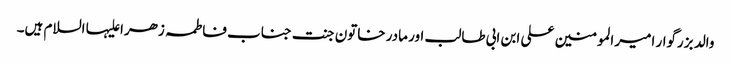
والد بزرگوار امیر المومنین علی ابن ابی طالب اور مادر خاتون جنت جناب فاطمہ زھرا علیہا السلام ہیں۔